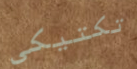
تكتيكي